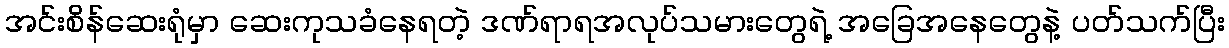
အင်းစိန်ဆေးရုံမှာ ဆေးကုသခံနေရတဲ့ ဒဏ်ရာရအလုပ်သမားတွေရဲ့ အခြေအနေတွေနဲ့ ပတ်သက်ပြီး